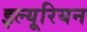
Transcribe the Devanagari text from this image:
इल्यूरियन